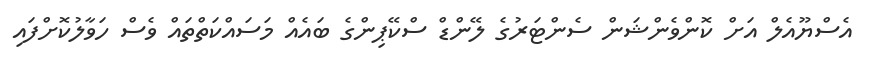
އެސްޔޫއެލް އަށް ކޮންވެންޝަން ސެންޓަރުގެ ލޭންޑް ސްކޭޕިންގެ ބައެއް މަސައްކަތްތައް ވެސް ހަވާލުކޮށްފައި